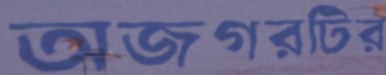
অজগরটির